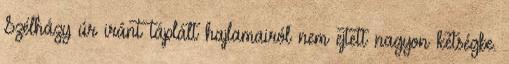
Szélházy úr iránt táplált hajlamairól nem ejtett nagyon kétségbe.